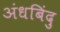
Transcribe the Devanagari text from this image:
अंधबिंदु